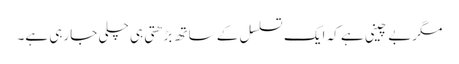
مگربے چینی ہے کہ ایک تسلسل کے ساتھ بڑھتی ہی چلی جارہی ہے۔